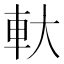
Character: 軑